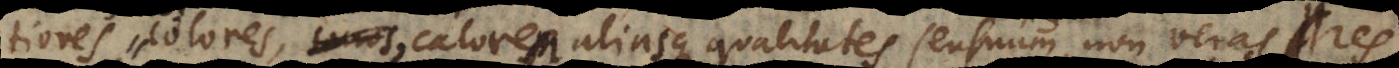
colores, calores calorem aliasque qualitates sensuum, non veras res